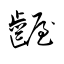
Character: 齷